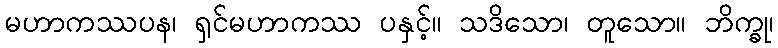
မဟာကဿပန၊ ရှင်မဟာကဿ ပနှင့်။ သဒိသော၊ တူသော။ ဘိက္ခု၊